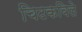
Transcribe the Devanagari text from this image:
चिटकविले